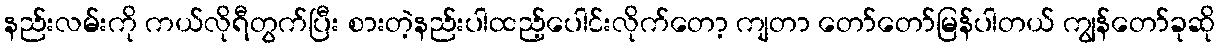
နည်းလမ်းကို ကယ်လိုရီတွက်ပြီး စားတဲ့နည်းပါထည့်ပေါင်းလိုက်တော့ ကျတာ တော်တော်မြန်ပါတယ် ကျွန်တော်ခုဆို